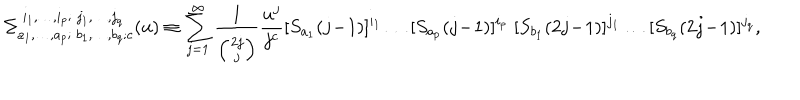
\Sigma _ { a _ { 1 } , \ldots , a _ { p } ; \; b _ { 1 } , \ldots , b _ { q } ; c } ^ { \; i _ { 1 } , \ldots , i _ { p } ; \; j _ { 1 } , \ldots , j _ { q } } ( u ) \equiv \sum _ { j = 1 } ^ { \infty } \frac { 1 } { \left( 2 j \atop j \right) } \frac { u ^ { j } } { j ^ { c } } [ S _ { a _ { 1 } } ( j \! - \! 1 ) ] ^ { i _ { 1 } } \ldots [ S _ { a _ { p } } ( j \! - \! 1 ) ] ^ { i _ { p } } \; [ S _ { b _ { 1 } } ( 2 j \! - \! 1 ) ] ^ { j _ { 1 } } \ldots [ S _ { b _ { q } } ( 2 j \! - \! 1 ) ] ^ { j _ { q } } ,